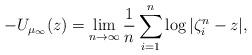
LaTeX: \begin{align*} -U_{\mu_\infty} (z) = \lim_{n \rightarrow \infty} \frac{1}{n} \sum_{i=1}^n \log | \zeta_i^n - z|,\end{align*}